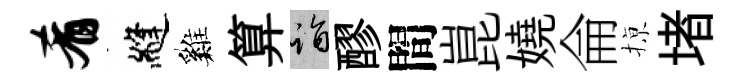
肴縫巍算诣醪間崑嬈侖𢱊堵